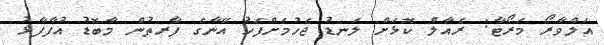
އަލްވާރޯ މަރޯޓާ: ރެއާލް ކޮޅަށް ލަނޑު ޖެހުމަށްފަހު އޭނާގެ ފާރތުން މާބޮޑު އުފާފާޅު